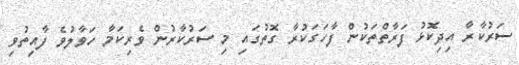
ސަރުކާރާ އިިދިކޮޅު ފަރާތްތަކުން ފާހަގަކުރާ ގޮތުގައި މި ސަރުކާރުން ވެރިކަމާ ހަވާލުވެ ފާއިތުވި